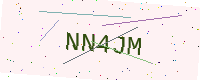
Text: NN4JM